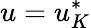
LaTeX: u=u_{K}^{*}